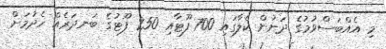
މި އެއްބަސްވުމުގެ ދަށުން ކެލާގައި 700 ފޫޓާއި 250 ފޫޓުގެ ބަނދަރެއް ހެދުމަށް